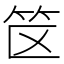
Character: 𬔯